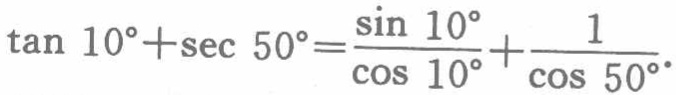
\(\tan 10^{\circ}+\sec 50^{\circ}=\frac{\sin 10^{\circ}}{\cos 10^{\circ}}+\frac{1}{\cos 50^{\circ}}\)